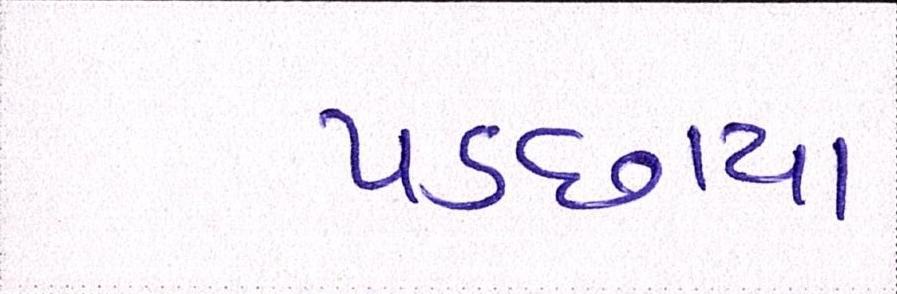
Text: પડછાયા